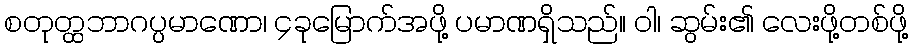
စတုတ္ထဘာဂပ္ပမာဏော၊ ၄ခုမြောက်အဖို့ ပမာဏရှိသည်။ ဝါ၊ ဆွမ်း၏ လေးဖို့တစ်ဖို့